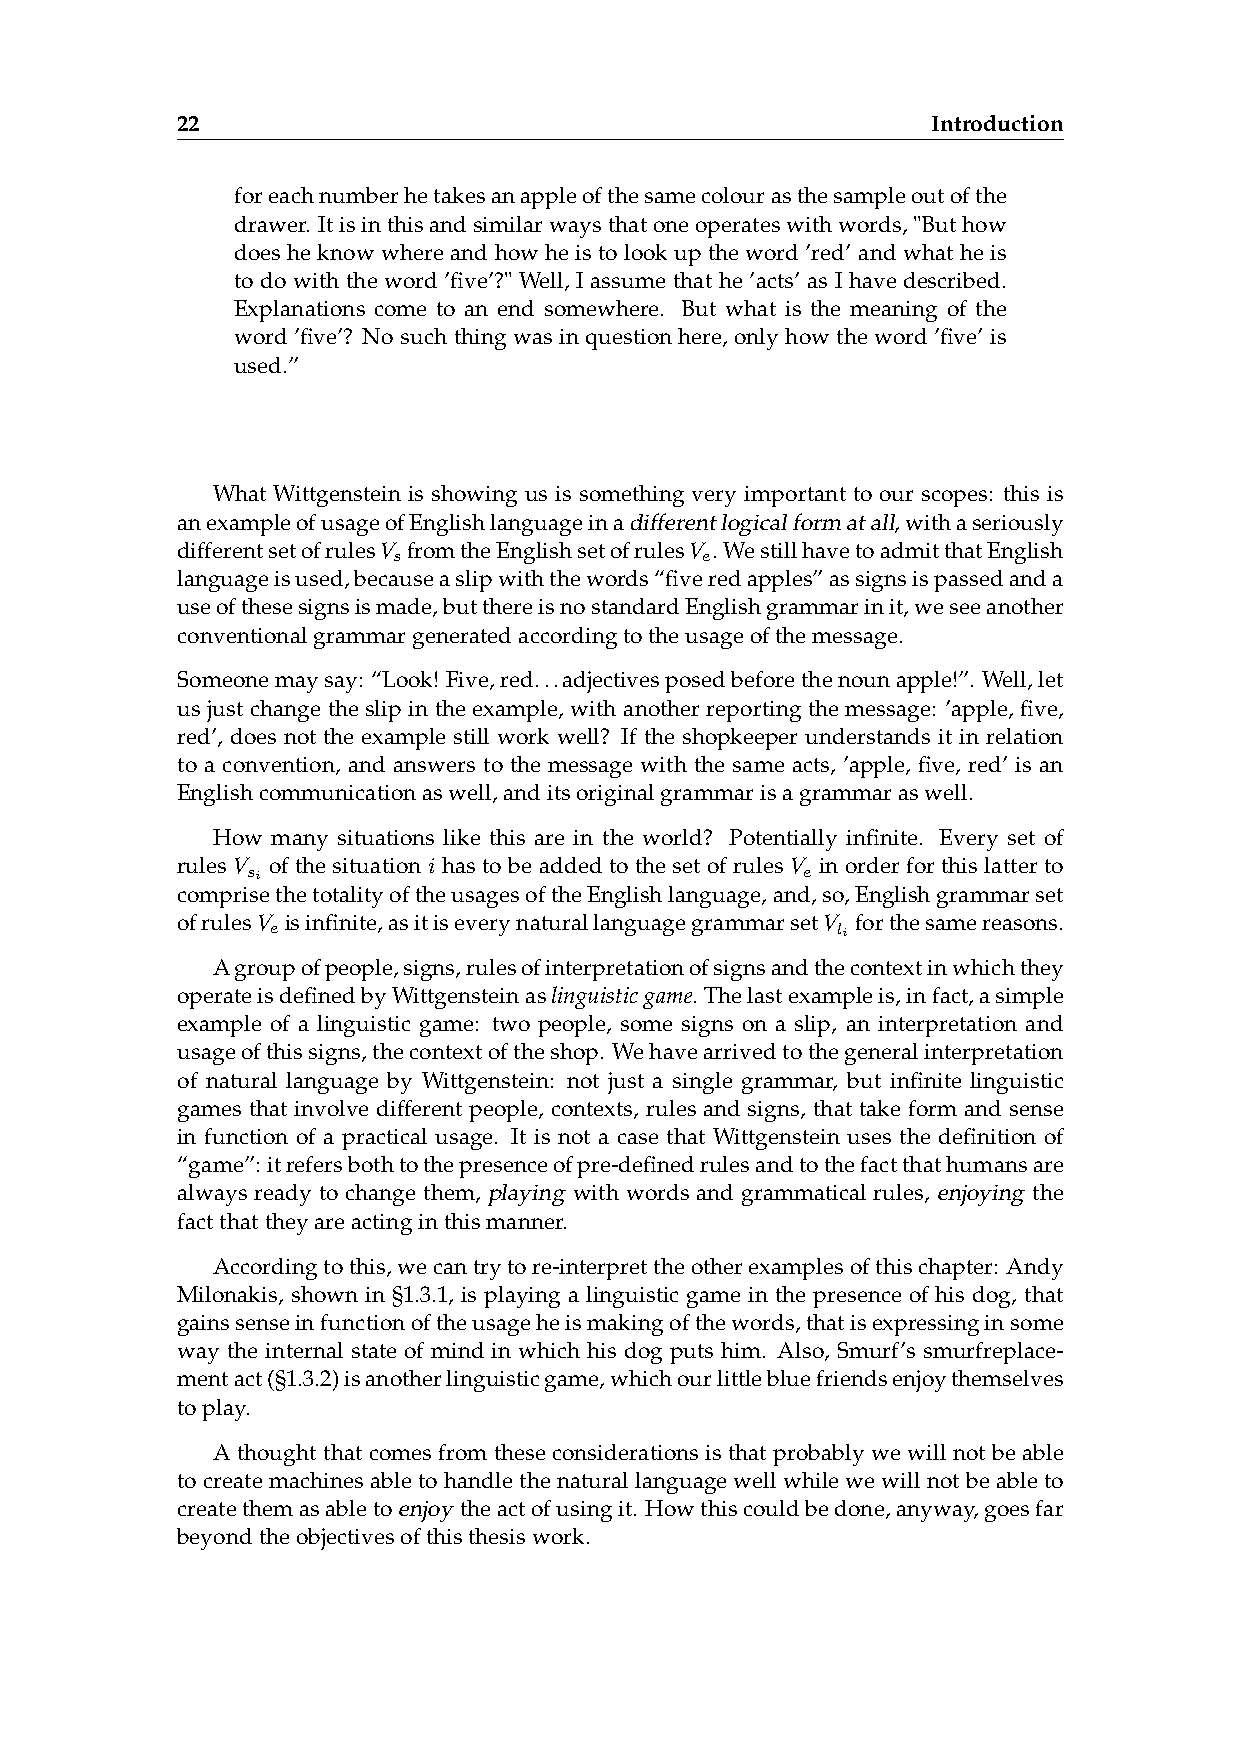
22                                                Introduction
 foreachnumberhetakesanappleofthesamecolourasthesampleoutofthe
 drawer. Itisinthisandsimilarwaysthatoneoperateswithwords,"Buthow
 doesheknowwhereandhowheistolookuptheword’red’andwhatheis
 to do with the word ’five’?" Well, I assume that he ’acts’ as I have described.
 Explanations come to an end somewhere. But what is the meaning of the
 word ’five’? No such thing was in question here, only how the word ’five’ is
 used.”
 What Wittgenstein is showing us is something very important to our scopes: this is
 anexampleofusageofEnglishlanguageinadifferentlogicalformatall,withaseriously
 differentsetofrulesV fromtheEnglishsetofrulesV . WestillhavetoadmitthatEnglish
 s                   e
 languageisused,becauseaslipwiththewords“fiveredapples”assignsispassedanda
 useofthesesignsismade,butthereisnostandardEnglishgrammarinit,weseeanother
 conventionalgrammargeneratedaccordingtotheusageofthemessage.
 Someonemaysay: “Look! Five,red...adjectivesposedbeforethenounapple!”. Well,let
 us just change the slip in the example, with another reporting the message: ’apple, five,
 red’, does not the example still work well? If the shopkeeper understands it in relation
 to a convention, and answers to the message with the same acts, ’apple, five, red’ is an
 Englishcommunicationaswell,anditsoriginalgrammarisagrammaraswell.
 How many situations like this are in the world? Potentially infinite. Every set of
 rules V of the situation i has to be added to the set of rules V in order for this latter to
 si                                   e
 comprisethetotalityoftheusagesoftheEnglishlanguage,and,so,Englishgrammarset
 ofrulesV isinfinite,asitiseverynaturallanguagegrammarsetV forthesamereasons.
 e                                    li
 Agroupofpeople,signs,rulesofinterpretationofsignsandthecontextinwhichthey
 operateisdefinedbyWittgensteinaslinguisticgame. Thelastexampleis,infact,asimple
 example of a linguistic game: two people, some signs on a slip, an interpretation and
 usageofthissigns,thecontextoftheshop. Wehavearrivedtothegeneralinterpretation
 of natural language by Wittgenstein: not just a single grammar, but infinite linguistic
 games that involve different people, contexts, rules and signs, that take form and sense
 in function of a practical usage. It is not a case that Wittgenstein uses the definition of
 “game”: itrefersbothtothepresenceofpre-definedrulesandtothefactthathumansare
 always ready to change them, playing with words and grammatical rules, enjoying the
 factthattheyareactinginthismanner.
 Accordingtothis,wecantrytore-interprettheotherexamplesofthischapter: Andy
 Milonakis, shown in §1.3.1, is playing a linguistic game in the presence of his dog, that
 gainssenseinfunctionoftheusageheismakingofthewords,thatisexpressinginsome
 way the internal state of mind in which his dog puts him. Also, Smurf’s smurfreplace-
 mentact(§1.3.2)isanotherlinguisticgame,whichourlittlebluefriendsenjoythemselves
 toplay.
 A thought that comes from these considerations is that probably we will not be able
 tocreatemachinesabletohandlethenaturallanguagewellwhilewewillnotbeableto
 createthemasabletoenjoy theactofusingit. Howthiscouldbedone,anyway,goesfar
 beyondtheobjectivesofthisthesiswork.